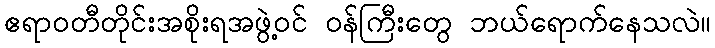
ဧရာဝတီတိုင်းအစိုးရအဖွဲ့ဝင် ဝန်ကြီးတွေ ဘယ်ရောက်နေသလဲ။